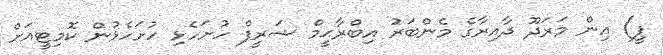
ޕީ) އިން މަރަދޫ ދާއިރާގެ މެންބަރު އިބްރާޙީމް ޝަރީފް ހުށަހެޅި ހުށަހެޅުން ކޮމިޓީއަށް